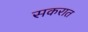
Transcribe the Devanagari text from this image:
सकरात